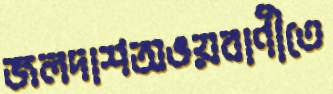
জলদাশঅভয়বাণীতে